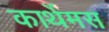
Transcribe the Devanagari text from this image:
कार्थेमस